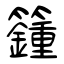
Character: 籦